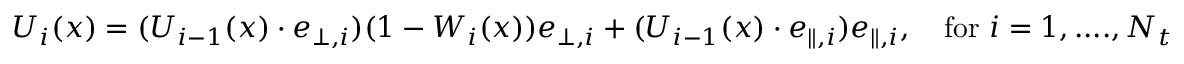
\boldsymbol { U } _ { i } ( \boldsymbol { x } ) = ( \boldsymbol { U } _ { i - 1 } ( \boldsymbol { x } ) \cdot \boldsymbol { e } _ { \bot , i } ) ( 1 - W _ { i } ( \boldsymbol { x } ) ) \boldsymbol { e } _ { \bot , i } + ( \boldsymbol { U } _ { i - 1 } ( \boldsymbol { x } ) \cdot \boldsymbol { e } _ { \parallel , i } ) \boldsymbol { e } _ { \parallel , i } , \quad \mathrm { f o r } \ i = 1 , . . . . , N _ { t }